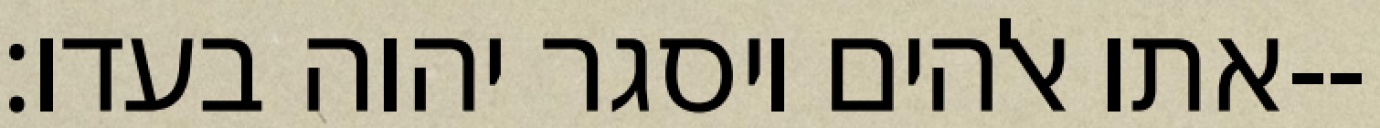
אתו אלהים ויסגר יהוה בעדו׃--